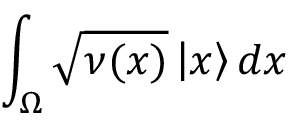
\int _ { \Omega } \sqrt { \nu ( x ) } \left| x \right\rangle d x